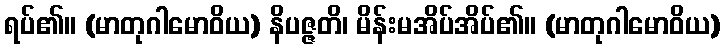
ရပ်၏။ (မာတုဂါမောဝိယ) နိပဇ္ဇတိ၊ မိန်းမအိပ်အိပ်၏။ (မာတုဂါမောဝိယ)